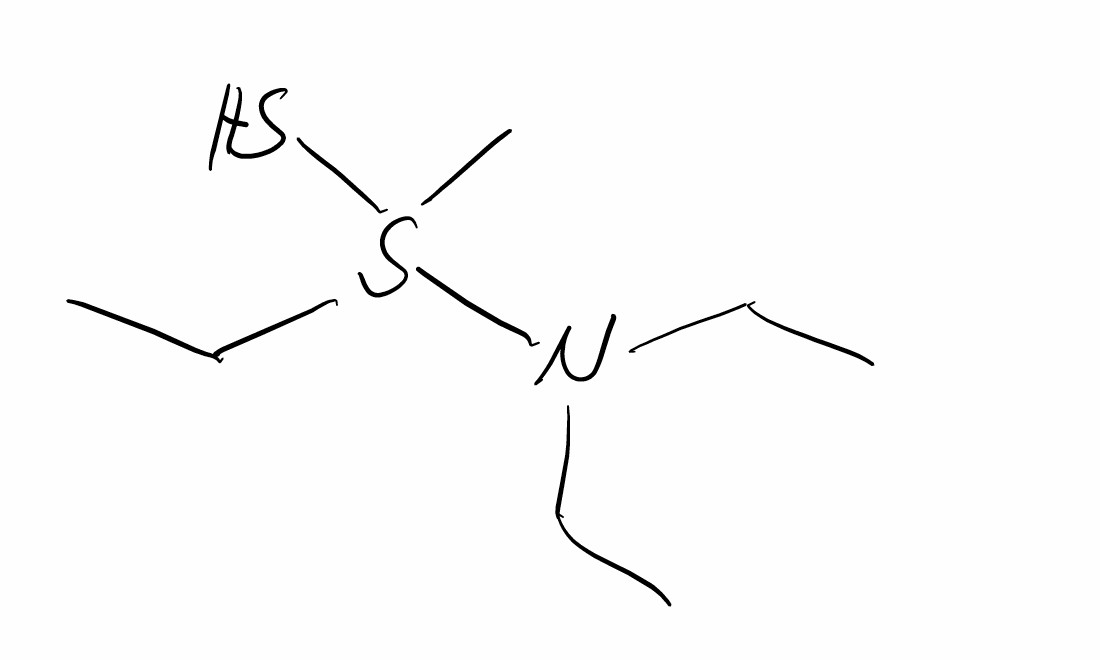
Simplified molecular-input line-entry system (SMILES) notation of the given molecule:
CCN(CC)S(C)(CC)S